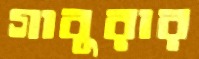
গাবুরার